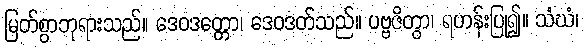
မြတ်စွာဘုရားသည်။ ဒေဝဒတ္တော၊ ဒေဝဒတ်သည်။ ပဗ္ဗဇိတွာ၊ ရဟန်းပြု၍။ သံဃံ၊